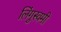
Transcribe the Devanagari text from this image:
लिंगुस्वमी